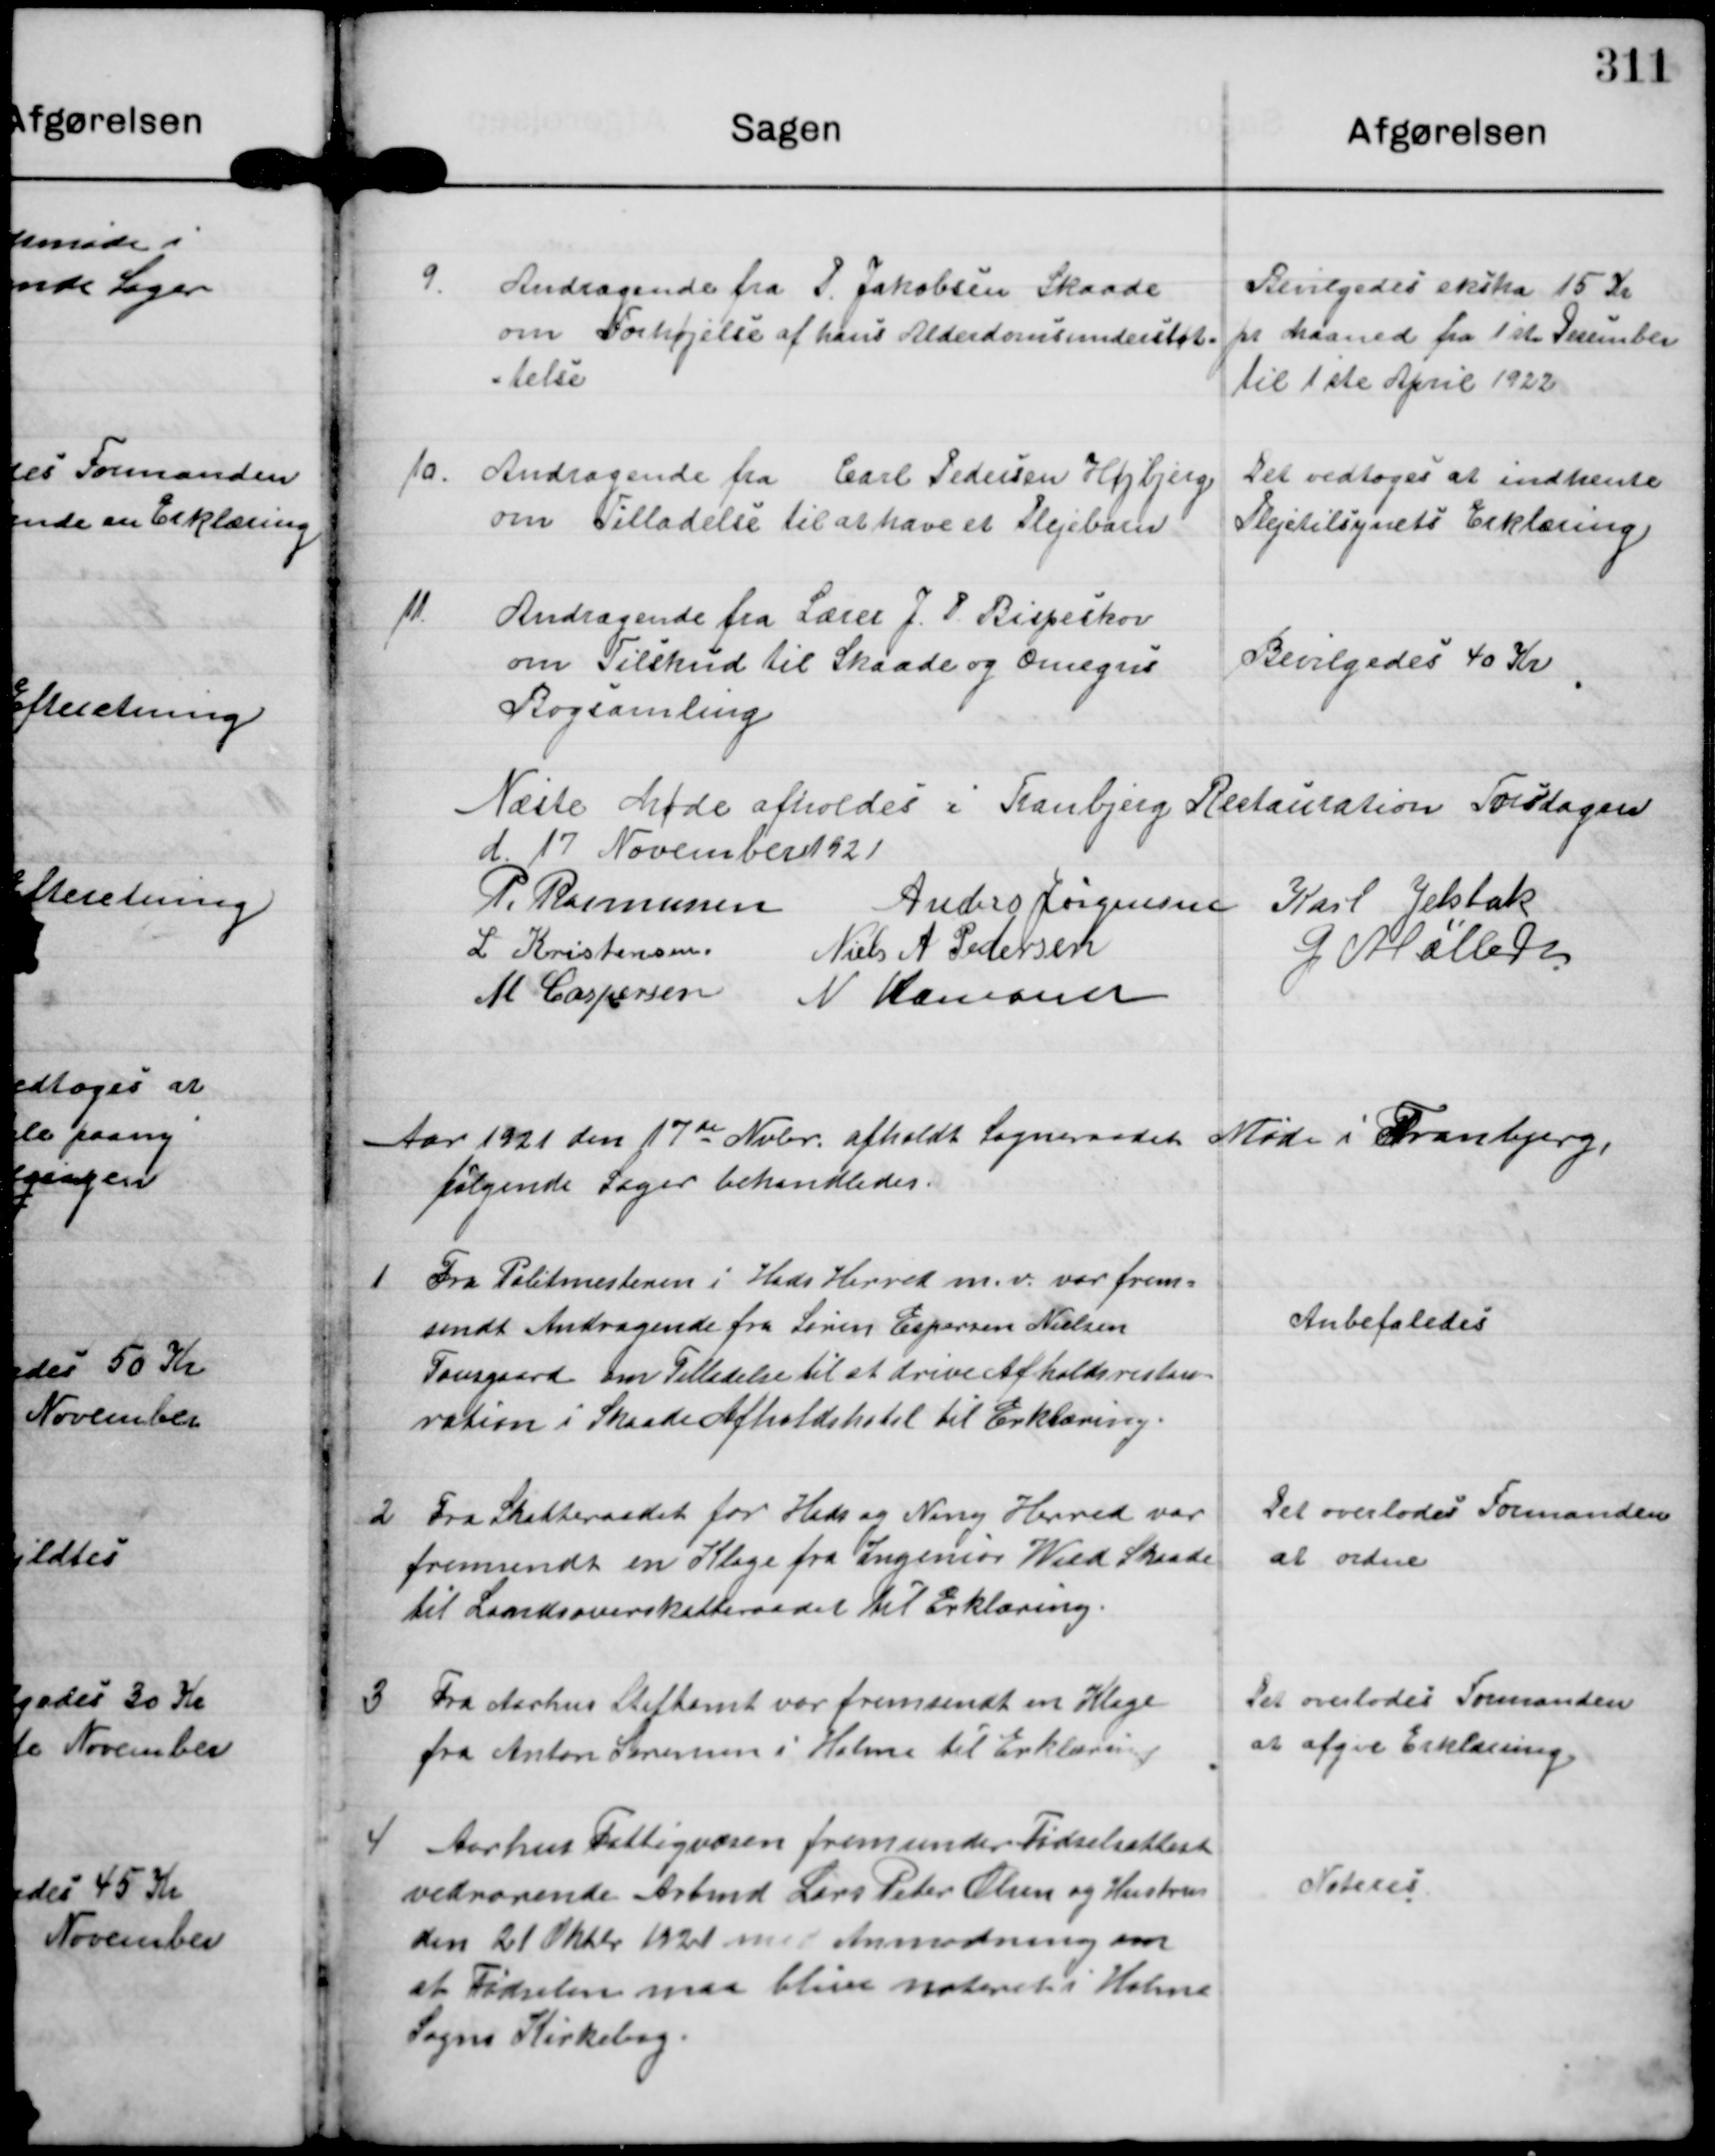
Transskription:
9

Andragende fra P Jakobsen Skaade
om Forhøjelse af hans Alderdomsunderstøt-
telse

Bevilgedes ekstra 15 Kr
pr Maaned fra 1ste December
til 1ste April 1922

10.

Andragende fra Carl Pedersen Højbjerg
om Tilladelse til at have et Plejebarn.

Det vedtoges at indhente
Plejetilsynets Erklæring

11

Andragende fra Lærer J. P. Bispeskov
om Tilskud til Skaade og Omegns
Bogsamling

Bevilgedes 40 Kr

Næste Møde afholdes i Tranbjerg Restauration Torsdagen
d. 17 November 1921

P. Rasmussen
Anders Jørgensen Karl Jelsbak
L. Kristensen
Niels A Pedersen
G Møller
M Caspersen N Hamann

Aar 1921 den 17de Nvbr. afholdt Sogneraadet Møde i Tranbjerg,
følgende Sager behandledes.

1 Fra Politmesteren i Hads Herred m.v. var frem-
sendt Andragende fra Søren Espersen Nielsen
Tovsgaard om Tilladelse til at drive Afholdsrestau-
ration i Skaade Afholdshotel til Erklæring.

Anbefaledes

2 Fra Skatteraadet for Hads og Ning Herred var
fremsendt en Klage fra Ingeniør Wied Skaade.
til Landsoverskatteraadet til Erklæring.

Det overlodes Formanden
at ordne

3. Fra Aarhus Stifamt var fremsendt en Klage
fra Anton Sørensen i Holme til Erklæring

Det overlades Formanden
at afgive Erklæring.

4. Aarhus Fattigvæsen fremsender Fødselsattest
vedrørende Arbmd Lars Peder Olsen og Hustru
den 21 Oktbr 1921 med Anmodning om
at Fødselen maa blive noteret i Holme
Sogns Kirkebog

Noteres